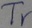
Text: Tr